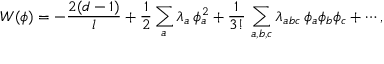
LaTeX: W ( \phi ) = - \frac { 2 ( d - 1 ) } { l } + { \frac { 1 } { 2 } } \sum _ { a } \lambda _ { a } \, \phi _ { a } ^ { 2 } + \frac { 1 } { 3 ! } \, \sum _ { a , b , c } \lambda _ { a b c } \, \phi _ { a } \phi _ { b } \phi _ { c } + \cdots ,